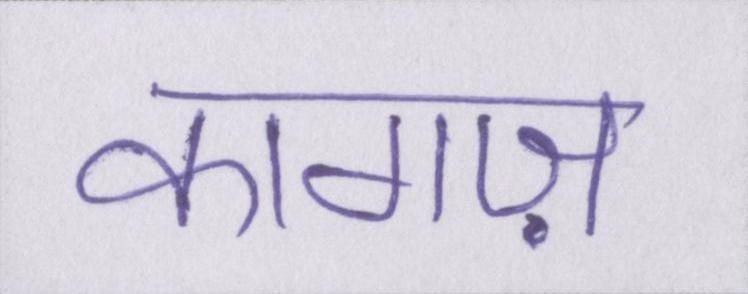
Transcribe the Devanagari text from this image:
कागज़